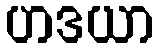
ဟဒယာ